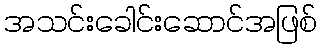
အသင်းခေါင်းဆောင်အဖြစ်